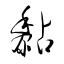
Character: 黏